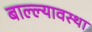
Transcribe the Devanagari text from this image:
बाल्ल्यावस्था